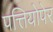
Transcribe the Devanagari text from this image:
पत्तियोपेर